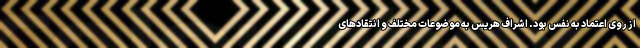
از روی اعتماد به نفس بود. اشراف هریس به موضوعات مختلف و انتقادهای